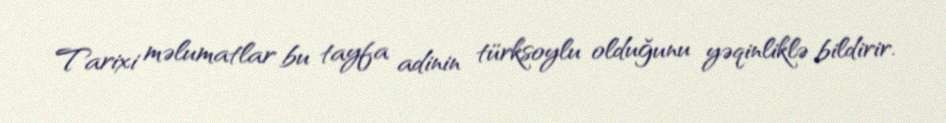
Tarixi məlumatlar bu tayfa adinin türksoylu olduğunu yəqinliklə bildirir.